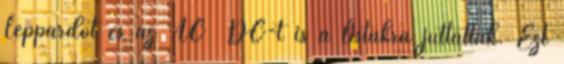
Leppardot és az AC DC-t is a listákra juttatták. Ezt